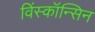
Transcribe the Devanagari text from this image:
विंस्कॉन्सिन